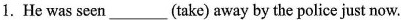
1.He was seen ___ (take) away by the police just now.